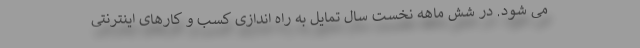
می شود. در شش ماهه نخست سال تمایل به راه اندازی کسب و کارهای اینترنتی